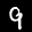
Label: 9